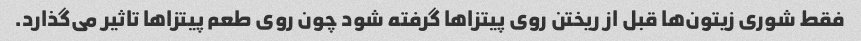
فقط شوری زیتون‌ها قبل از ریختن روی پیتزا‌ها گرفته شود چون روی طعم پیتزا‌ها تاثیر می‌گذارد.